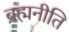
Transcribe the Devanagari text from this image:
ब्रह्मनीति